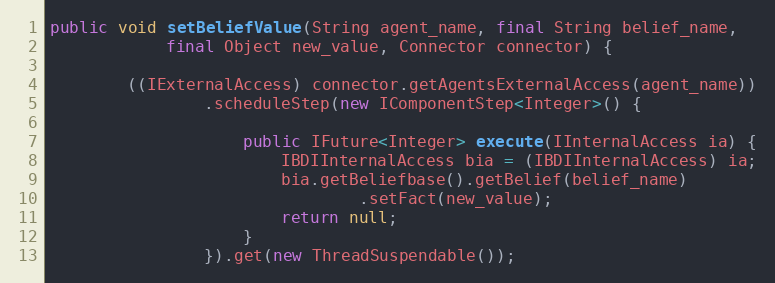
Language: Java
public void setBeliefValue(String agent_name, final String belief_name,
            final Object new_value, Connector connector) {

        ((IExternalAccess) connector.getAgentsExternalAccess(agent_name))
                .scheduleStep(new IComponentStep<Integer>() {

                    public IFuture<Integer> execute(IInternalAccess ia) {
                        IBDIInternalAccess bia = (IBDIInternalAccess) ia;
                        bia.getBeliefbase().getBelief(belief_name)
                                .setFact(new_value);
                        return null;
                    }
                }).get(new ThreadSuspendable());